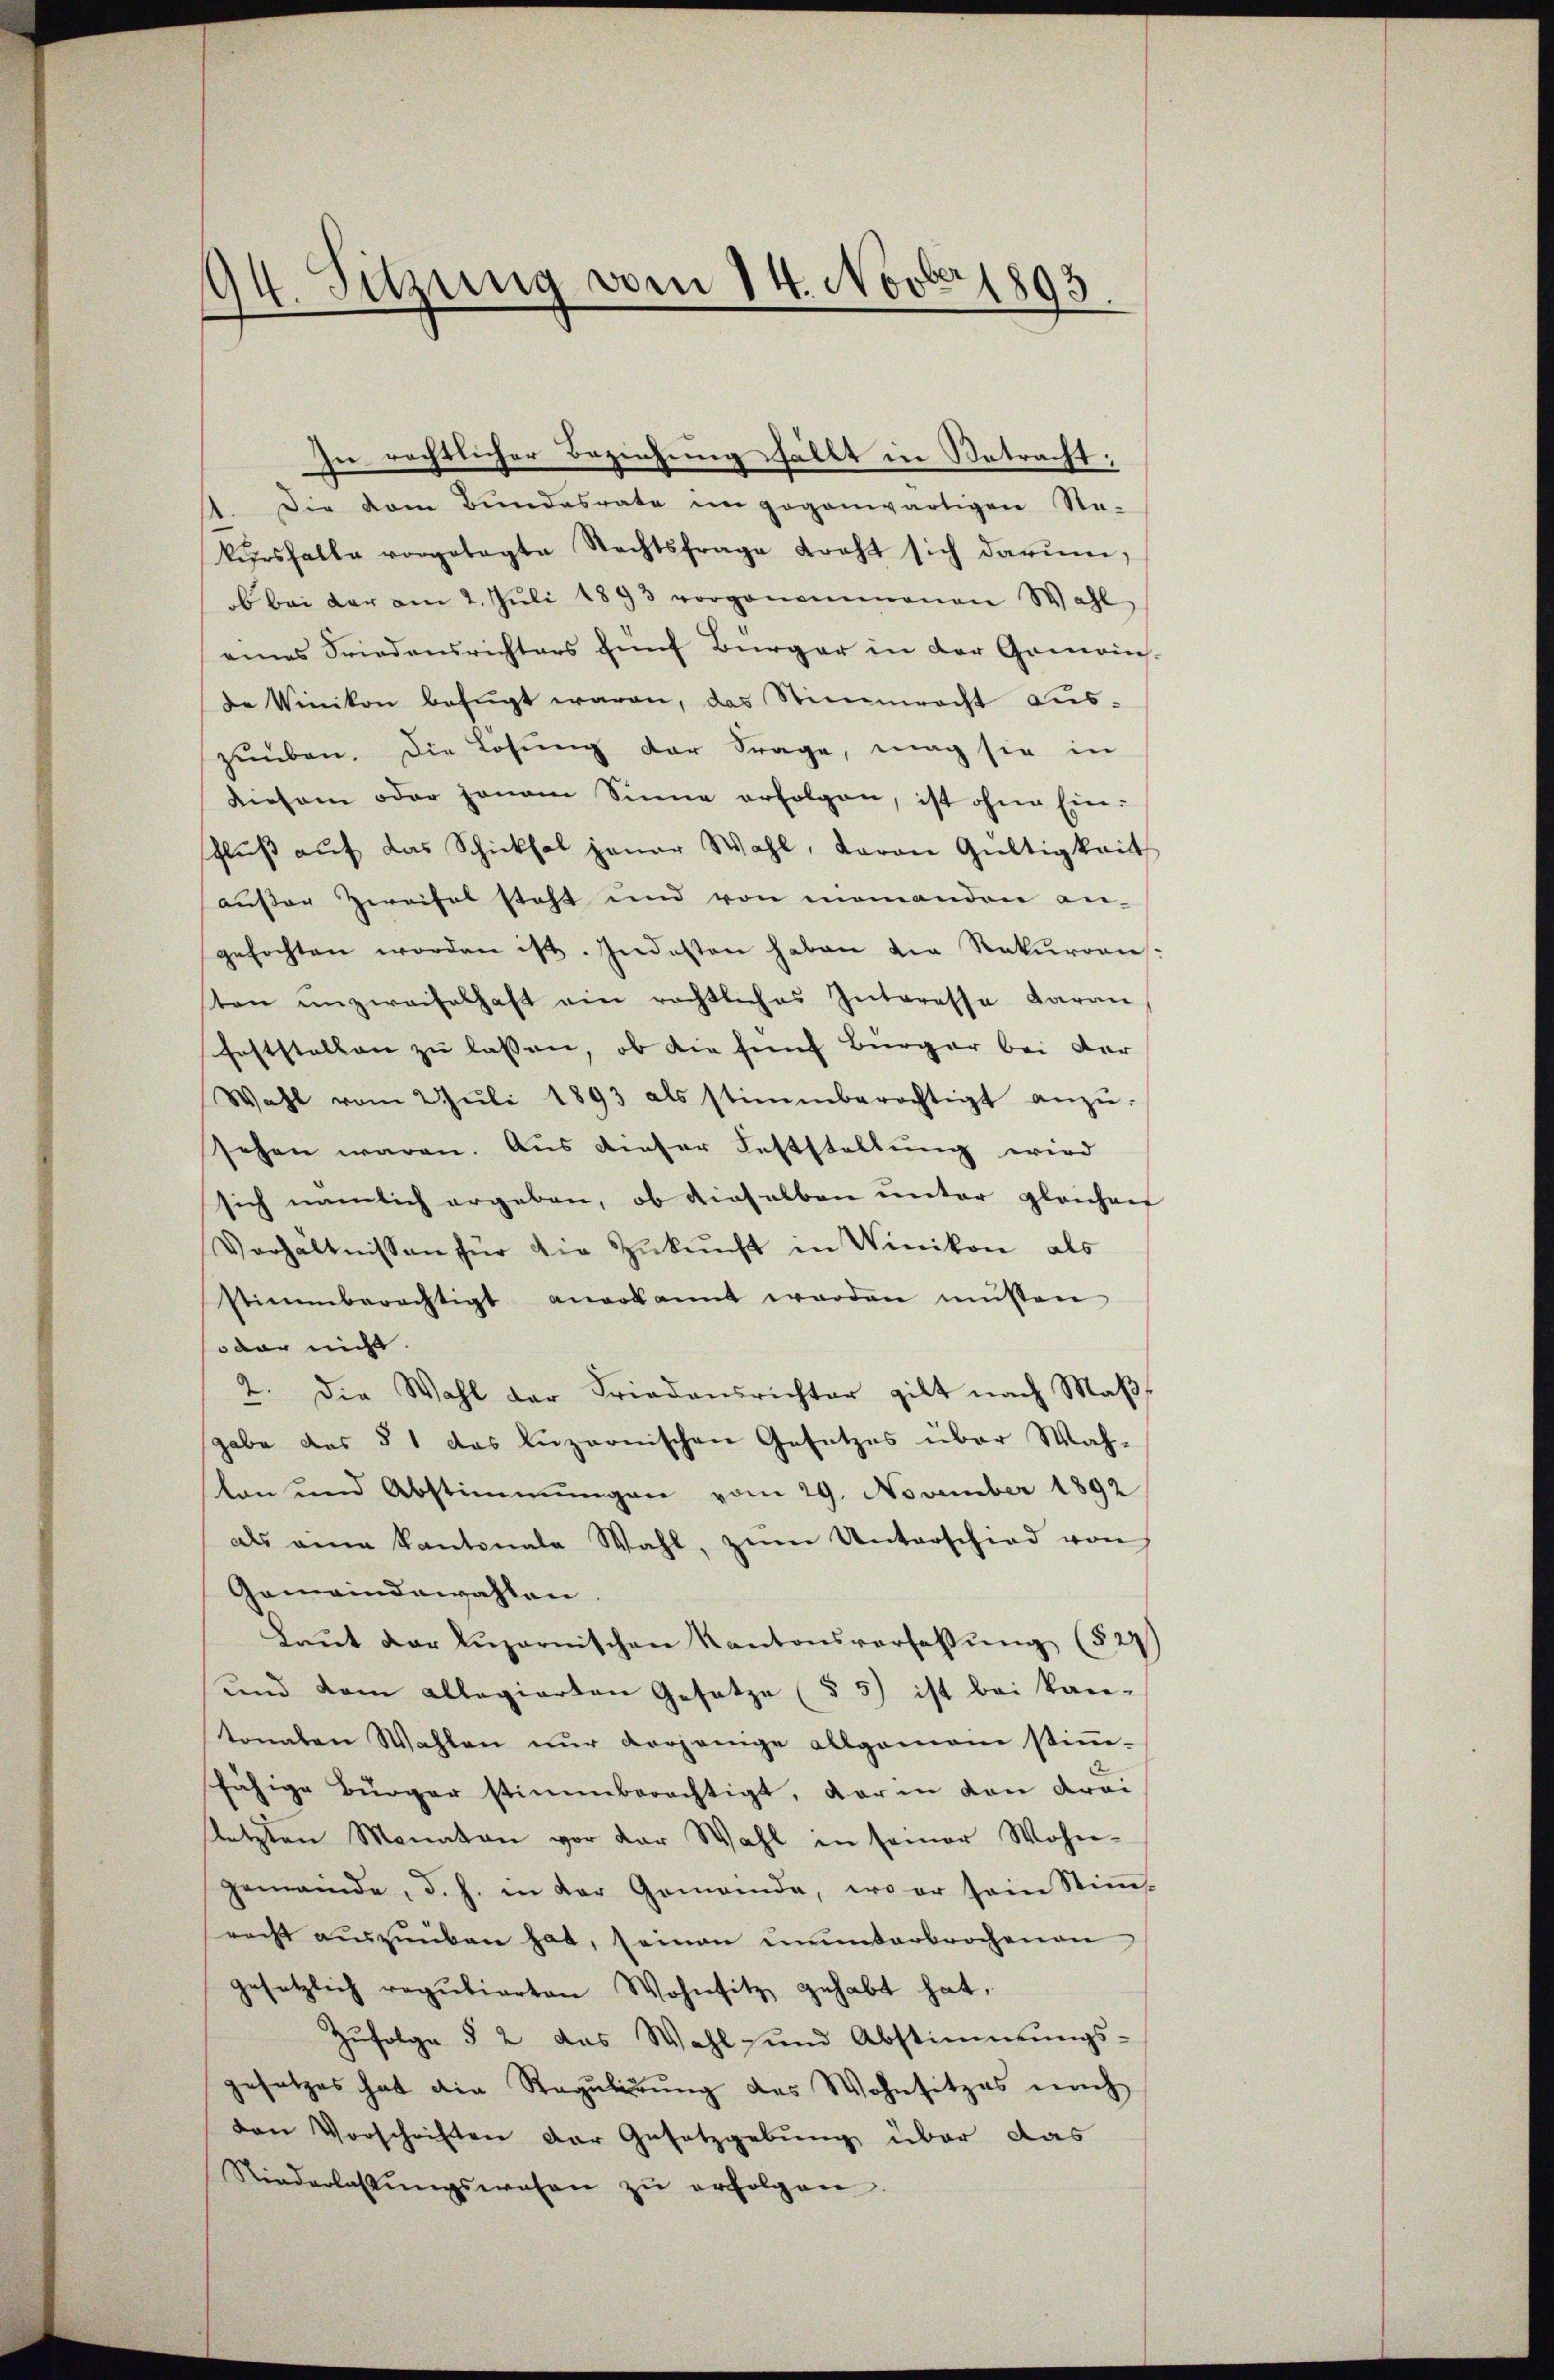
94. Sitzung vom 14. Nov. 1893.

In rechtlicher Beziehung fällt in Betracht;
.
Die dem Bundesrate im gegenwärtigen Re-
kŭrsfalle vorgelegte Nachtsfrage kraft sich darŭm,
ob bei der am 2. Jŭli 1893 vorgenommenen Wahl
eines Friedensrichters fünf Bürger in der Gemeins.
de Winikon befŭgt waren, das Stimmrecht aŭs-
zuüben. Die Lösung der Frage, mag sie in
Diesem oder jenem Sinne erfolgen, ist ohne Ein-
schlŭβ aŭf das Schicksal jener Wahl, Baron Gültigkeit
außer Zweifel steht und von niemanden an-
gefochten worden ist. Indesten haben die Rekurren:
sten unzweifelhaft ein rechtliches Interesse daran
Feststellen zu lassen, ob die fünf Bürger bei der
Wahl vom 2. Jŭli 1893 als stimmberechtigt anzŭ-
sehen waren. Aus dieser Feststellŭng wird
sich nämlich ergeben, ob dieselben unter gleichen
Verhältnissen für die Zŭkŭnft in Winikon als
stimmberechtigt anerkannt worden müssen
soder nicht
2. Die Wahl der Friedensrichter gilt nach Maβ
gabe des § 1 das Luzernischen Gesetzes über Wah-
lan und Abstimmungen vom 29. November 1892
als eine Kantonale Wahl, zŭm Unterschied von
Gemeindewahlen.
Laŭt der Lŭzernischen Kantonsverfassŭng (529)
und dem allegierten Gesetze (§ 5) ist bei kan-
tonalen Wahlen nur vorjenige allgemoni stimm-
fähige Bürger stimmberechtigt, darin von drei
sletzten Monaten vor der Wahl in seiner Wohn-
gemeinde, d. h. in der Gemeinde, wo er sein Stim-
racht auszuüben hat, seinen munterbrochenen
gesetzlich regŭbierten Wohnsitz gehabt hat,
Zŭfolge § 2 das Wahl- und Abstimmungs-
gesetzes hat die Regulirung des Wohnsitzes nach
den Vorschriften der Gesetzgebung über das
Niederlassŭngswesen zŭ erfolgen